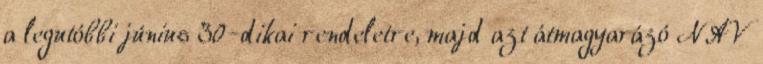
a legutóbbi június 30-dikai rendeletre, majd azt átmagyarázó NAV